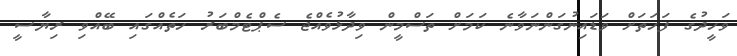
ވަހީދުގެ ފަހަތަށް ވަޑައިނުގަންނަވާނެ ކަމަށް ތަސްމީން ވިދާޅުވެއްޖެ ސެޕްޓެމްބަރު ހަތެއްގައި ބޭއްވި ރިޔާސީ